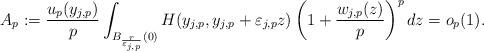
LaTeX: \begin{align*}A_p := \frac{u_{p}(y_{j,p})}{p}\int_{B_{\frac{r}{\varepsilon_{j,p}}}(0)} H(y_{j,p},y_{j,p}+\varepsilon_{j,p}z) \left(1+\frac{w_{j,p}(z)}{p}\right)^{p} dz=o_p(1).\end{align*}